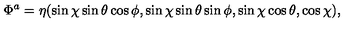
\Phi ^ { a } = \eta ( \sin \chi \sin \theta \cos \phi , \sin \chi \sin \theta \sin \phi , \sin \chi \cos \theta , \cos \chi ) ,